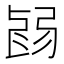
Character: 𢏽